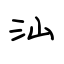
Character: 汕